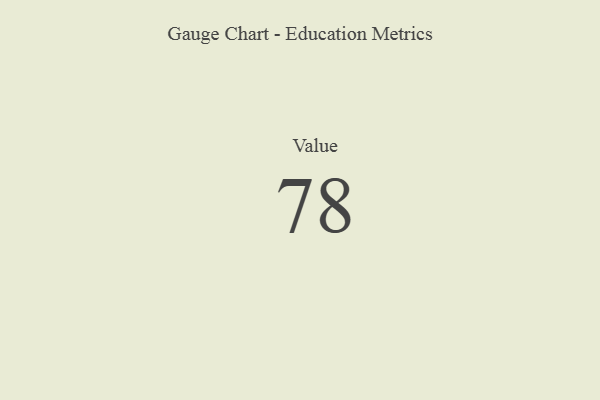
{"axis": {"x": "Metric", "y": "Value"}, "legend": [""], "data": [{"x": "Value", "y": 78, "type": ""}]}